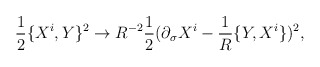
\begin{align*}{1\over 2}\{X^i, Y\}^2 \rightarrow R^{-2}{1\over 2}(\partial_{\sigma} X^i -{1\over R}\{Y, X^i\})^2 ,\end{align*}